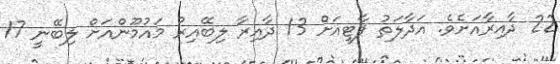
22 ދާއިރާއަށެވެ. އަދާލަތު ޕާޓީއަށް 13 ދާއިރާ ލިބޭއިރު މައުމޫންއަށް ލިބޭނީ 17